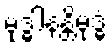
မုဒ္ဓါနန္တိမုဒ္ဓံ